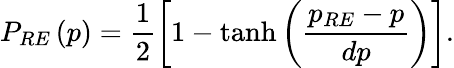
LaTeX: P_{RE}\left(p\right)=\frac{1}{2}\left[1-\operatorname{tanh}\left(\frac{p_{RE}-p}{dp}\right)\right].